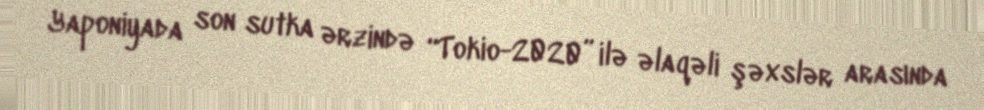
Yaponiyada son sutka ərzində “Tokio-2020” ilə əlaqəli şəxslər arasında